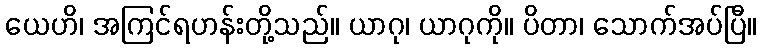
ယေဟိ၊ အကြင်ရဟန်းတို့သည်။ ယာဂု၊ ယာဂုကို။ ပိတာ၊ သောက်အပ်ပြီ။